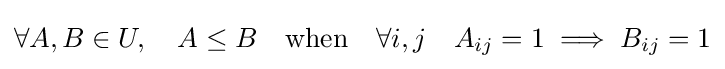
\forall A,B\in U,\quad A\leq B\quad {\text{when}}\quad \forall i,j\quad A_{ij}=1\implies B_{ij}=1